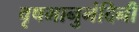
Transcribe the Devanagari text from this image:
वृषभानुनंदिनी